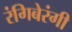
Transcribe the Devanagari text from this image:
रंगिबेरंगी